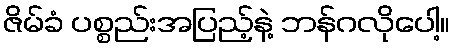
ဇိမ်ခံ ပစ္စည်းအပြည့်နဲ့ ဘန်ဂလိုပေါ့။